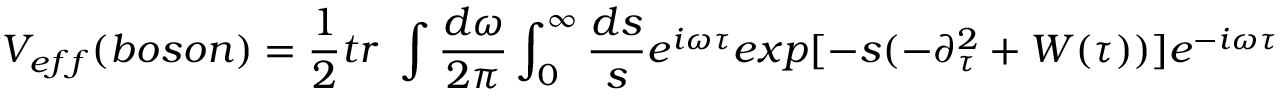
V _ { e f f } ( b o s o n ) = \frac { 1 } { 2 } t r \ \int \frac { d \omega } { 2 \pi } \int _ { 0 } ^ { \infty } \frac { d s } { s } e ^ { i \omega \tau } e x p [ - s ( - \partial _ { \tau } ^ { 2 } + W ( \tau ) ) ] e ^ { - i \omega \tau } \,